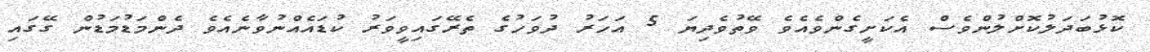
ކޮޅުބަދަލުކޮށްލުންވެސް އެކަށީގެންވެއެވެ ވޭތުވެދިޔަ 5 އަހަރު ދުވަހުގެ ތެރޭގައިވީވަރު ކުޑައެއްނުވާނެއެވެ ދެންމަޑުމަޑުން ގޭގައި